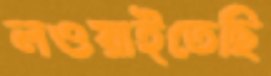
লওয়াইতেছি